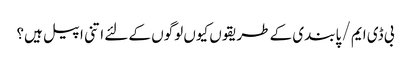
بی ڈی ایم / پابندی کے طریقوں کیوں لوگوں کے لئے اتنی اپیل ہیں؟